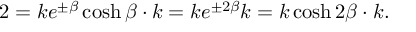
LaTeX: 2 = k e ^ { \pm \beta } \cosh \beta \cdot k = k e ^ { \pm 2 \beta } k = k \cosh 2 \beta \cdot k .